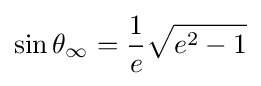
\sin \theta _{\infty }={\frac {1}{e}}{\sqrt {e^{2}-1}}